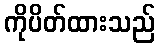
ကိုပိတ်ထားသည်